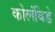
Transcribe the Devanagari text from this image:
कोलंबिडे